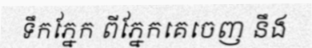
ទឹកភ្នែក ពីភ្នែកគេចេញ នឹង